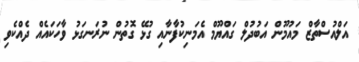
އަލްއުސްތާޒް މައުމޫން އަބުދުލް ގައްޔޫމް އެމަނިކުފާނާއި ގުޅޭ ގޮތުން ނުރަނގަޅު ވާހަކައެއް ދެއްކެވި